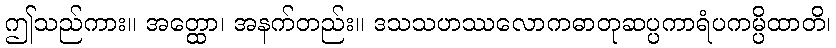
ဤသည်ကား။ အတ္ထော၊ အနက်တည်း။ ဒသသဟဿလောကဓာတုဆပ္ပကာရံပကမ္ပိထာတိ၊